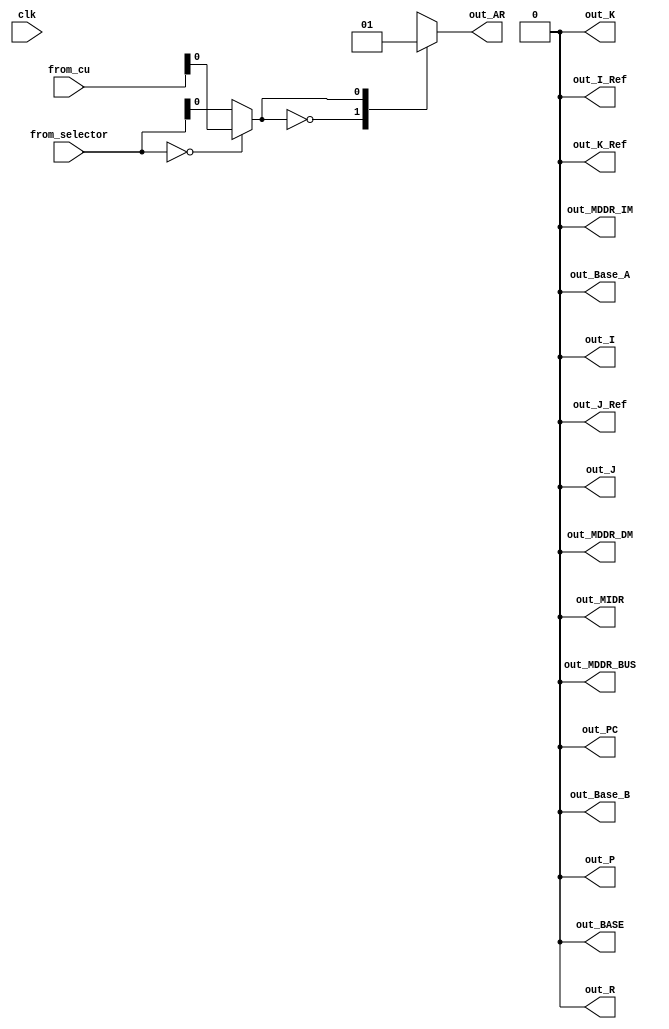
module decoder(
    input clk,
    input [5:0] from_cu,
    input [5:0] from_selector,
    output reg [0:0] out_AR,
    output reg [0:0] out_PC,
    output reg [0:0] out_MIDR,
    output reg [0:0] out_MDDR_BUS,
    output reg [0:0] out_MDDR_IM,
    output reg [0:0] out_MDDR_DM,
    output reg [0:0] out_BASE,
    output reg [0:0] out_I,
    output reg [0:0] out_I_Ref,
    output reg [0:0] out_Base_A,
    output reg [0:0] out_J,
    output reg [0:0] out_J_Ref,
    output reg [0:0] out_Base_B,
    output reg [0:0] out_K,
    output reg [0:0] out_K_Ref,
    output reg [0:0] out_P,
    output reg [0:0] out_R
    );
     reg reg_select;
always @(*)
    begin
    if (from_selector==0)reg_select=from_cu;
    else reg_select=from_selector;
    case (reg_select)
            5'd0:begin
                out_AR=0;      
                out_PC=0;     
                out_MIDR=0;    
                out_MDDR_BUS=0;
                out_MDDR_IM=0; 
                out_MDDR_DM=0; 
                out_BASE=0;    
                out_I=0;       
                out_I_Ref=0;   
                out_Base_A=0;  
                out_J=0;       
                out_J_Ref=0;   
                out_Base_B=0;  
                out_K=0;       
                out_K_Ref=0;   
                out_P=0;       
                out_R=0;                    
            end
            5'd1:begin
                out_AR=1;      
                out_PC=0;     
                out_MIDR=0;    
                out_MDDR_BUS=0;
                out_MDDR_IM=0; 
                out_MDDR_DM=0; 
                out_BASE=0;    
                out_I=0;       
                out_I_Ref=0;   
                out_Base_A=0;  
                out_J=0;       
                out_J_Ref=0;   
                out_Base_B=0;  
                out_K=0;       
                out_K_Ref=0;   
                out_P=0;       
                out_R=0;                      
            end
            5'd2:begin
                out_AR=0;      
                out_PC=1;     
                out_MIDR=0;    
                out_MDDR_BUS=0;
                out_MDDR_IM=0; 
                out_MDDR_DM=0; 
                out_BASE=0;    
                out_I=0;       
                out_I_Ref=0;   
                out_Base_A=0;  
                out_J=0;       
                out_J_Ref=0;   
                out_Base_B=0;  
                out_K=0;       
                out_K_Ref=0;   
                out_P=0;       
                out_R=0;                      
            end
            5'd3:begin
                out_AR=0;      
                out_PC=0;     
                out_MIDR=1;    
                out_MDDR_BUS=0;
                out_MDDR_IM=0; 
                out_MDDR_DM=0; 
                out_BASE=0;    
                out_I=0;       
                out_I_Ref=0;   
                out_Base_A=0;  
                out_J=0;       
                out_J_Ref=0;   
                out_Base_B=0;  
                out_K=0;       
                out_K_Ref=0;   
                out_P=0;       
                out_R=0;                      
            end
            5'd4:begin
                out_AR=0;      
                out_PC=0;     
                out_MIDR=0;    
                out_MDDR_BUS=1;
                out_MDDR_IM=0; 
                out_MDDR_DM=0; 
                out_BASE=0;    
                out_I=0;       
                out_I_Ref=0;   
                out_Base_A=0;  
                out_J=0;       
                out_J_Ref=0;   
                out_Base_B=0;  
                out_K=0;       
                out_K_Ref=0;   
                out_P=0;       
                out_R=0;                    
            end
            5'd5:begin
                out_AR=0;      
                out_PC=0;     
                out_MIDR=0;    
                out_MDDR_BUS=0;
                out_MDDR_IM=0; 
                out_MDDR_DM=1; 
                out_BASE=0;    
                out_I=0;       
                out_I_Ref=0;   
                out_Base_A=0;  
                out_J=0;       
                out_J_Ref=0;   
                out_Base_B=0;  
                out_K=0;       
                out_K_Ref=0;   
                out_P=0;       
                out_R=0;                    
            end
            5'd6:begin
                out_AR=0;      
                out_PC=0;     
                out_MIDR=0;    
                out_MDDR_BUS=0;
                out_MDDR_IM=1; 
                out_MDDR_DM=0; 
                out_BASE=0;    
                out_I=0;       
                out_I_Ref=0;   
                out_Base_A=0;  
                out_J=0;       
                out_J_Ref=0;   
                out_Base_B=0;  
                out_K=0;       
                out_K_Ref=0;   
                out_P=0;       
                out_R=0;                    
            end
            5'd7:begin
                out_AR=0;      
                out_PC=0;     
                out_MIDR=0;    
                out_MDDR_BUS=0;
                out_MDDR_IM=0; 
                out_MDDR_DM=0; 
                out_BASE=1;    
                out_I=0;       
                out_I_Ref=0;   
                out_Base_A=0;  
                out_J=0;       
                out_J_Ref=0;   
                out_Base_B=0;  
                out_K=0;       
                out_K_Ref=0;   
                out_P=0;       
                out_R=0;                    
            end
            5'd8:begin
                out_AR=0;      
                out_PC=0;     
                out_MIDR=0;    
                out_MDDR_BUS=0;
                out_MDDR_IM=0; 
                out_MDDR_DM=0; 
                out_BASE=0;    
                out_I=1;       
                out_I_Ref=0;   
                out_Base_A=0;  
                out_J=0;       
                out_J_Ref=0;   
                out_Base_B=0;  
                out_K=0;       
                out_K_Ref=0;   
                out_P=0;       
                out_R=0;                    
            end
            5'd9:begin
                out_AR=0;      
                out_PC=0;     
                out_MIDR=0;    
                out_MDDR_BUS=0;
                out_MDDR_IM=0; 
                out_MDDR_DM=0; 
                out_BASE=0;    
                out_I=0;       
                out_I_Ref=1;   
                out_Base_A=0;  
                out_J=0;       
                out_J_Ref=0;   
                out_Base_B=0;  
                out_K=0;       
                out_K_Ref=0;   
                out_P=0;       
                out_R=0;                    
            end
            5'd10:begin
                out_AR=0;      
                out_PC=0;     
                out_MIDR=0;    
                out_MDDR_BUS=0;
                out_MDDR_IM=0; 
                out_MDDR_DM=0; 
                out_BASE=0;    
                out_I=0;       
                out_I_Ref=0;   
                out_Base_A=1;  
                out_J=0;       
                out_J_Ref=0;   
                out_Base_B=0;  
                out_K=0;       
                out_K_Ref=0;   
                out_P=0;       
                out_R=0;                    
            end
            5'd11:begin
                out_AR=0;      
                out_PC=0;     
                out_MIDR=0;    
                out_MDDR_BUS=0;
                out_MDDR_IM=0; 
                out_MDDR_DM=0; 
                out_BASE=0;    
                out_I=0;       
                out_I_Ref=0;   
                out_Base_A=0;  
                out_J=1;       
                out_J_Ref=0;   
                out_Base_B=0;  
                out_K=0;       
                out_K_Ref=0;   
                out_P=0;       
                out_R=0;                    
            end
            5'd12:begin
                out_AR=0;      
                out_PC=0;     
                out_MIDR=0;    
                out_MDDR_BUS=0;
                out_MDDR_IM=0; 
                out_MDDR_DM=0; 
                out_BASE=0;    
                out_I=0;       
                out_I_Ref=0;   
                out_Base_A=0;  
                out_J=0;       
                out_J_Ref=1;   
                out_Base_B=0;  
                out_K=0;       
                out_K_Ref=0;   
                out_P=0;       
                out_R=0;                    
            end
            5'd13:begin
                out_AR=0;      
                out_PC=0;     
                out_MIDR=0;    
                out_MDDR_BUS=0;
                out_MDDR_IM=0; 
                out_MDDR_DM=0; 
                out_BASE=0;    
                out_I=0;       
                out_I_Ref=0;   
                out_Base_A=0;  
                out_J=0;       
                out_J_Ref=0;   
                out_Base_B=1;  
                out_K=0;       
                out_K_Ref=0;   
                out_P=0;       
                out_R=0;                    
            end
            5'd14:begin
                out_AR=0;      
                out_PC=0;     
                out_MIDR=0;    
                out_MDDR_BUS=0;
                out_MDDR_IM=0; 
                out_MDDR_DM=0; 
                out_BASE=0;    
                out_I=0;       
                out_I_Ref=0;   
                out_Base_A=0;  
                out_J=0;       
                out_J_Ref=0;   
                out_Base_B=0;  
                out_K=1;       
                out_K_Ref=0;   
                out_P=0;       
                out_R=0;                    
            end
            5'd15:begin
                out_AR=0;      
                out_PC=0;     
                out_MIDR=0;    
                out_MDDR_BUS=0;
                out_MDDR_IM=0; 
                out_MDDR_DM=0; 
                out_BASE=0;    
                out_I=0;       
                out_I_Ref=0;   
                out_Base_A=0;  
                out_J=0;       
                out_J_Ref=0;   
                out_Base_B=0;  
                out_K=0;       
                out_K_Ref=1;   
                out_P=0;       
                out_R=0;                    
            end
            5'd16:begin
                out_AR=0;      
                out_PC=0;     
                out_MIDR=0;    
                out_MDDR_BUS=0;
                out_MDDR_IM=0; 
                out_MDDR_DM=0; 
                out_BASE=0;    
                out_I=0;       
                out_I_Ref=0;   
                out_Base_A=0;  
                out_J=0;       
                out_J_Ref=0;   
                out_Base_B=0;  
                out_K=0;       
                out_K_Ref=0;   
                out_P=1;       
                out_R=0;                    
            end
            5'd17:begin
                out_AR=0;      
                out_PC=0;     
                out_MIDR=0;    
                out_MDDR_BUS=0;
                out_MDDR_IM=0; 
                out_MDDR_DM=0; 
                out_BASE=0;    
                out_I=0;       
                out_I_Ref=0;   
                out_Base_A=0;  
                out_J=0;       
                out_J_Ref=0;   
                out_Base_B=0;  
                out_K=0;       
                out_K_Ref=0;   
                out_P=0;       
                out_R=1;                    
            end
            5'd18:begin
                out_AR=1;      
                out_PC=0;     
                out_MIDR=0;    
                out_MDDR_BUS=0;
                out_MDDR_IM=1; 
                out_MDDR_DM=0; 
                out_BASE=0;    
                out_I=0;       
                out_I_Ref=0;   
                out_Base_A=0;  
                out_J=0;       
                out_J_Ref=0;   
                out_Base_B=0;  
                out_K=0;       
                out_K_Ref=0;   
                out_P=0;       
                out_R=0;                    
            end
            5'd19:begin
                out_AR=1;      
                out_PC=0;     
                out_MIDR=0;    
                out_MDDR_BUS=0;
                out_MDDR_IM=0; 
                out_MDDR_DM=1; 
                out_BASE=0;    
                out_I=0;       
                out_I_Ref=0;   
                out_Base_A=0;  
                out_J=0;       
                out_J_Ref=0;   
                out_Base_B=0;  
                out_K=0;       
                out_K_Ref=0;   
                out_P=0;       
                out_R=0;                    
            end
            default: 
            begin
                out_AR=0;      
                out_PC=0;     
                out_MIDR=0;    
                out_MDDR_BUS=0;
                out_MDDR_IM=0; 
                out_MDDR_DM=0; 
                out_BASE=0;    
                out_I=0;       
                out_I_Ref=0;   
                out_Base_A=0;  
                out_J=0;       
                out_J_Ref=0;   
                out_Base_B=0;  
                out_K=0;       
                out_K_Ref=0;   
                out_P=0;       
                out_R=0;                    
            end
        endcase
    end
endmodule